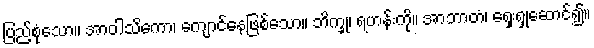
ပြည့်စုံသော။ အာဝါသိကော၊ ကျောင်နေဖြစ်သော။ ဘိက္ခု၊ ရဟန်းကို။ အာဘာတံ၊ ရှေးရှုဆောင်၍။